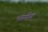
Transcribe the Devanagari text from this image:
भस्मीय